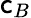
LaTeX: \mathsf{c}_{B}